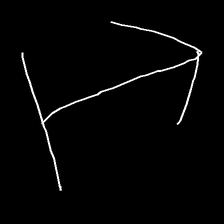
Glyph: levitation